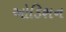
ઓડિશન